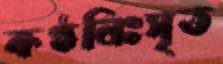
কণ্ঠনিঃসৃত